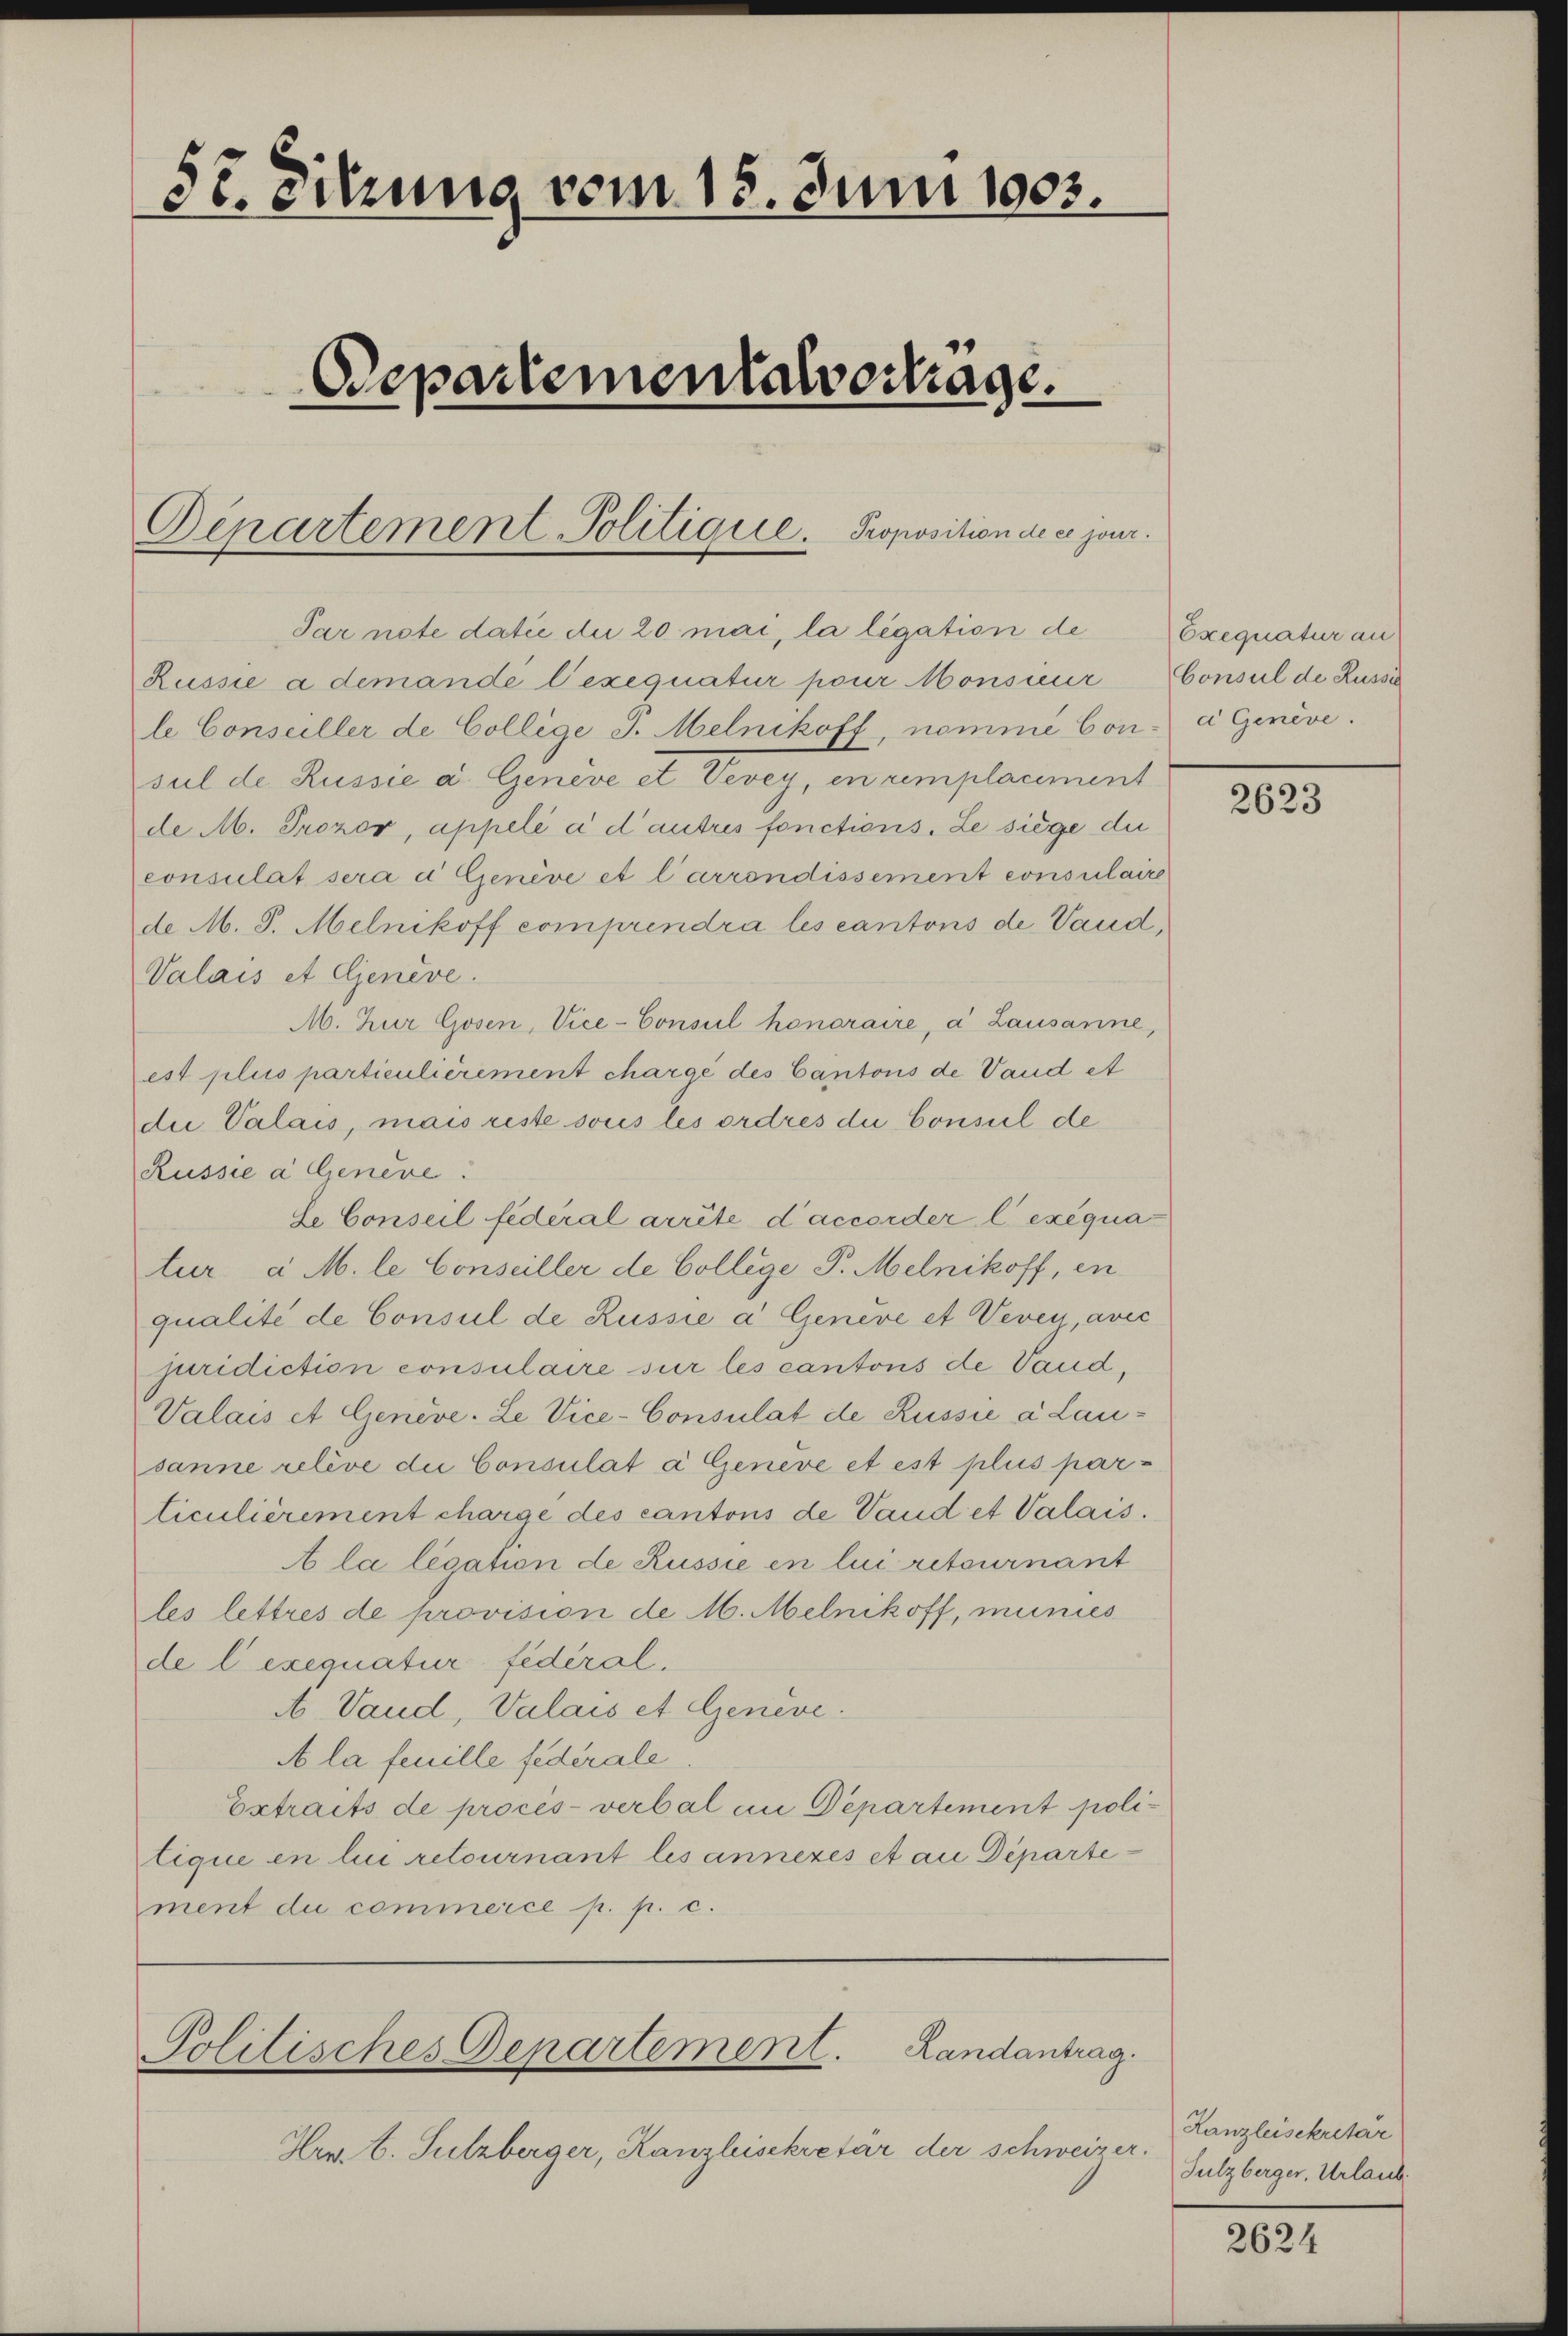
5t. Sitzung vom 18. Juni 1903.
Departementalvertrage.

Departement-Politique. Proposition de ce jour

Par note datie die 20 mai, la légation de
Russie a demande l’exequatur pour Monsieur Consul de Russi
le Conseiller de College J. Melnikoff, nomme Con- a Genève.
sul de Russie a. Geneve et Vevey, in remplacement
de M. Prozov, appelé à d’autres fonctions. Le siege die
consulat sera d Genève et l’arrondissement consulaire
de M. J. Melnikoff comprendra les cantons de Vaud,
Valais et Genève.
M. Zur Gosen, Vice-Consul honoraire, a Lausanne,
est plus particulièrement chargé des Cantons de Vaud et
die Valais, mais reste sous les ordres du Consul de
Russie a Genere
Se Conseil fédéral arrite d’accorder l. exequatur a M. le Conseiller de College P. Melnikoff, in
qualité de Consul de Russie a Genève et Vevey, avec
juridiction consulaire sur les cantons de Vaud,
Valais et Geneve-Le Vice-Consulat de Russie a Lausanne relive die Consulat a Geneve et est plus par-
ticulièrement charge des cantons de Vaud et Valais.
A la legation de Russie en lui retournant
les lettres de provision de M. Melnikoff, munies
de l exequatur fédéral.
A Vaud, Valais et Genève.
A la feuille federale.
Extraits de procès-verbal in Departement polilique in lui retournant les annezes et an Departement du commerce p. p. c.

Politisches Departement. Randantrag.

Hrn. E. Sulzberger, Kanzleisekretär der schweize

Exequatur an

2623

Kanzleisekretar
4.
Sulzberger, Urlaub

2624